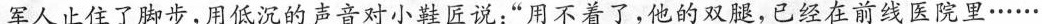
军人止住了脚步，用低沉的声音对小鞋匠说：“用不着了，他的双腿，已经在前线医院里……